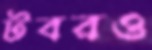
টবরও